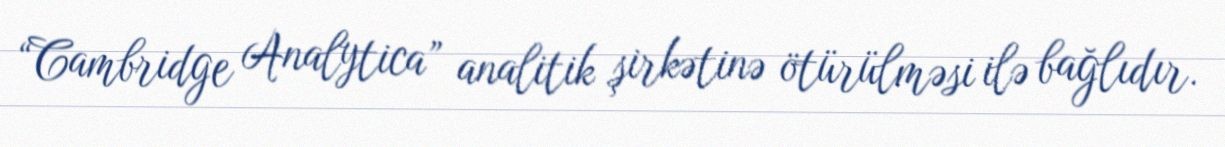
“Cambridge Analytica” analitik şirkətinə ötürülməsi ilə bağlıdır.